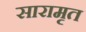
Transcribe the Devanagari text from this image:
सारामृत